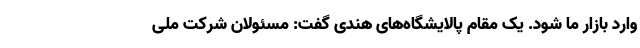
وارد بازار ما شود. یک مقام پالایشگاه‌های هندی گفت: مسئولان شرکت ملی